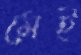
মেই